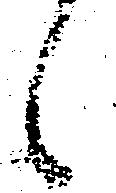
候